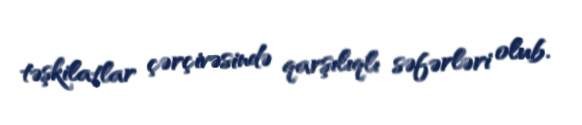
təşkilatlar çərçivəsində qarşılıqlı səfərləri olub.